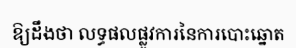
ឱ្យដឹងថា លទ្ធផលផ្លូវការនៃការបោះឆ្នោត